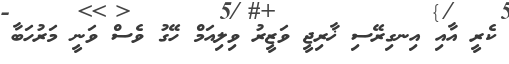
ކެރީ އާއި އިނގިރޭސި ޚާރިޖީ ވަޒީރު ވިލިއަމް ހޭގު ވެސް ވަނީ މަރުހަބާ